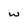
Character: w